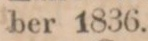
ber 1836.